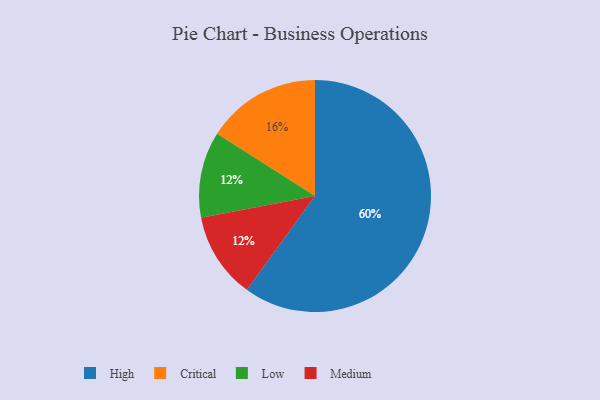
{"axis": {"x": "Category", "y": "Percentage"}, "legend": ["Critical", "High", "Low", "Medium"], "data": [{"x": "High", "y": 60, "type": "High"}, {"x": "Low", "y": 12, "type": "Low"}, {"x": "Medium", "y": 12, "type": "Medium"}, {"x": "Critical", "y": 16, "type": "Critical"}]}